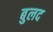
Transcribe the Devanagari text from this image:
बुलद